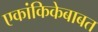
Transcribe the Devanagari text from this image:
एकांकिकेबाबत